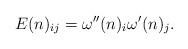
LaTeX: \begin{align*} E(n)_{ij} = \omega''(n)_i\omega'(n)_j.\end{align*}